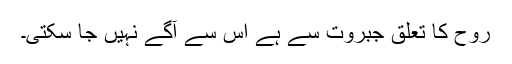
روح کا تعلق جبروت سے ہے اس سے آگے نہیں جا سکتی۔